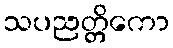
သပညတ္တိကော